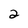
Character: 2